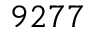
9 2 7 7